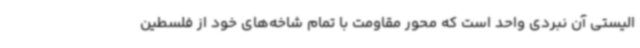
الیستی آن نبردی واحد است که محور مقاومت با تمام شاخه‌های خود از فلسطین